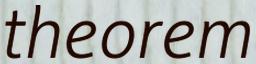
theorem